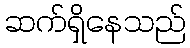
ဆက်ရှိနေသည်